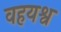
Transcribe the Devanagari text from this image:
वहयश्व